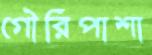
গৌরিপাশা